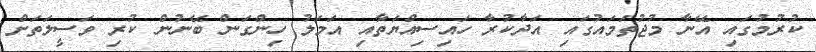
ކުރުމުގައި އޭނާ މުޖުތަމައުގައި އަދާކުރާ ހައިސިއްޔަތާއި އަމަލު ހިންގަން ބޭނުން ކުރި ވަސީލަަތަށް